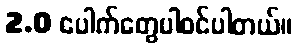
2.0 ပေါက်တွေပါ၀င်ပါတယ်။